Vaccination United Provinces of Agra and Oudh 1923-1928 - 1923-1928
Year: 1923
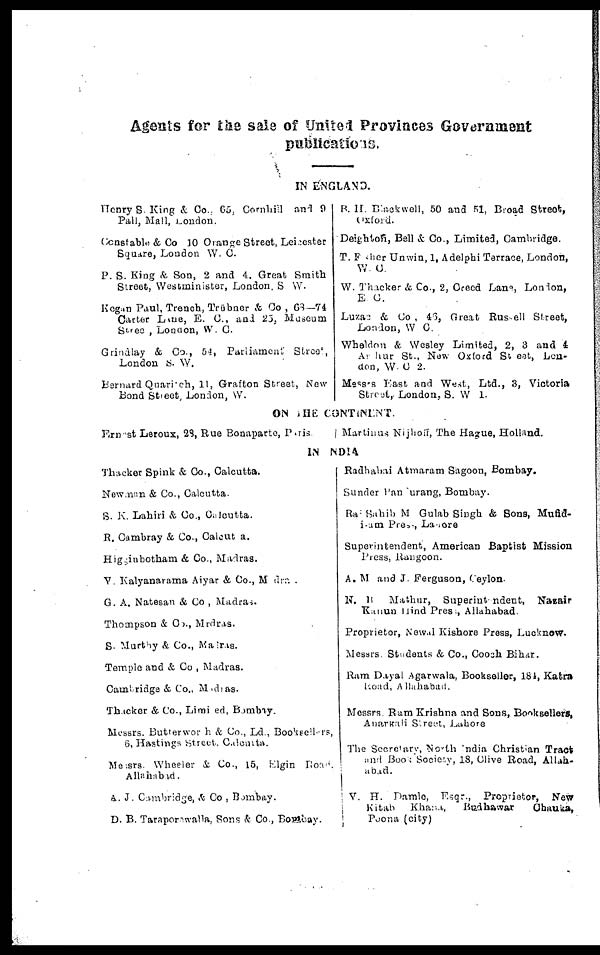
Agents for the sale of United Provinces Government
publications.
IN ENGLAND.
Henry S. King & Co., 65, Cornhill and 9
Pall, Mall, London.
Constable & Co 10 Orange Street, Leicester
Square, London W. C.
P. S. King & Son, 2 and 4. Great Smith
Street, Westminister, London, S. W.
Kegan Paul, Trench, Trübner & Co , 68—74
Carter Lane, E. C., and 25, Museum
Stree , London, W. C.
Grindlay & Co., 54, Parliament Street,
London S. W.
Bernard Quaritch, 11, Grafton Street, New
Bond Street, London, W.
B. H. Blackwell, 50 and 51, Broad Street,
Oxford.
Deighton, Bell & Co., Limited, Cambridge.
T. Fisher Unwin, 1, Adelphi Terrace, London,
W. C.
W. Thacker & Co., 2, Creed Lane, London,
E. C.
Luzac & Co, 46, Great Russell Street,
London, W. C.
Wheldon & Wesley Limited, 2, 3 and 4
Arthur St., New Oxford Street, Lon¬
don, W. C. 2.
Messrs East and West, Ltd., 3, Victoria
Street, London, S. W. I.
ON THE CONTINENT.
Ernest Leroux, 28, Rue Bonaparte, Paris.
Martinus Nijhoff, The Hague, Holland.
IN INDIA
Thacker Spink & Co., Calcutta.
Newman & Co., Calcutta.
S. K. Lahiri & Co., Calcutta.
R. Cambray & Co., Calcutta.
Higginbotham & Co., Madras.
V. Kalyanarama Aiyar & Co., Madras.
G. A. Natesan & Co., Madras.
Thompson & Co., Mrdras.
S. Murthy & Co., Madras.
Temple and & Co., Madras.
Cambridge & Co., Madras.
Thacker & Co., Limited, Bombay.
Messrs. Butterworth & Co., Ld., Booksellers,
6, Hastings Street, Calcutta.
Messrs. Wheeler & Co., 15, Elgin Road,
Allahabad.
A. J. Cambridge, & Co , Bombay.
D. B. Taraporewalla, Sons & Co., Bombay.
Radhabai Atmaram Sagoon, Bombay.
Sunder Pandurang, Bombay.
Rai Sahib M Gulab Singh & Sons, Mufid-
i-am Press, Lahore
Superintendent, American Baptist Mission
Press, Rangoon.
A. M and J. Ferguson, Ceylon.
N. B. Mathur, Superintendent, Nazair
Kanun Hind Press, Allahabad.
Proprietor, Newal Kishore Press, Lucknow.
Messrs. Students & Co., Cooch Bihar.
Ram Dayal Agarwala, Bookseller, 184, Katra
Road, Allahabad.
Messrs. Ram Krishna and Sons, Booksellers,
Anarkali Street, Lahore
The Secretary, North India Christian Tract
and Book Society, 18, Clive Road, Allah-
abad.
V. H. Damle, Esqr., Proprietor, New
Kitab
Khana,
Budhawar
Chauke,
Poona (city)